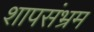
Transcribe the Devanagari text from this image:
शापसंभ्रम